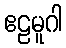
ဧဠမူဂါ